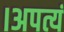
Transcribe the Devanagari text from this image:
।अपत्यं